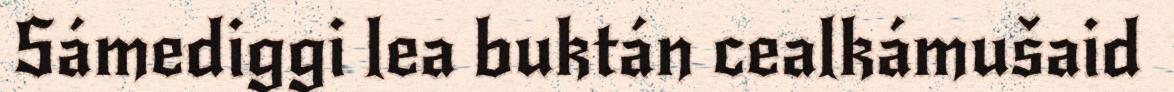
Sámediggi lea buktán cealkámušaid